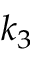
k _ { 3 }